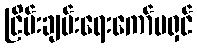
ငြိမ်းချမ်းရေးကော်မရှင်